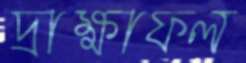
দ্রাক্ষাফল